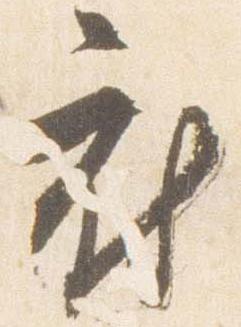
府